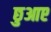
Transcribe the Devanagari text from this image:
छुआए